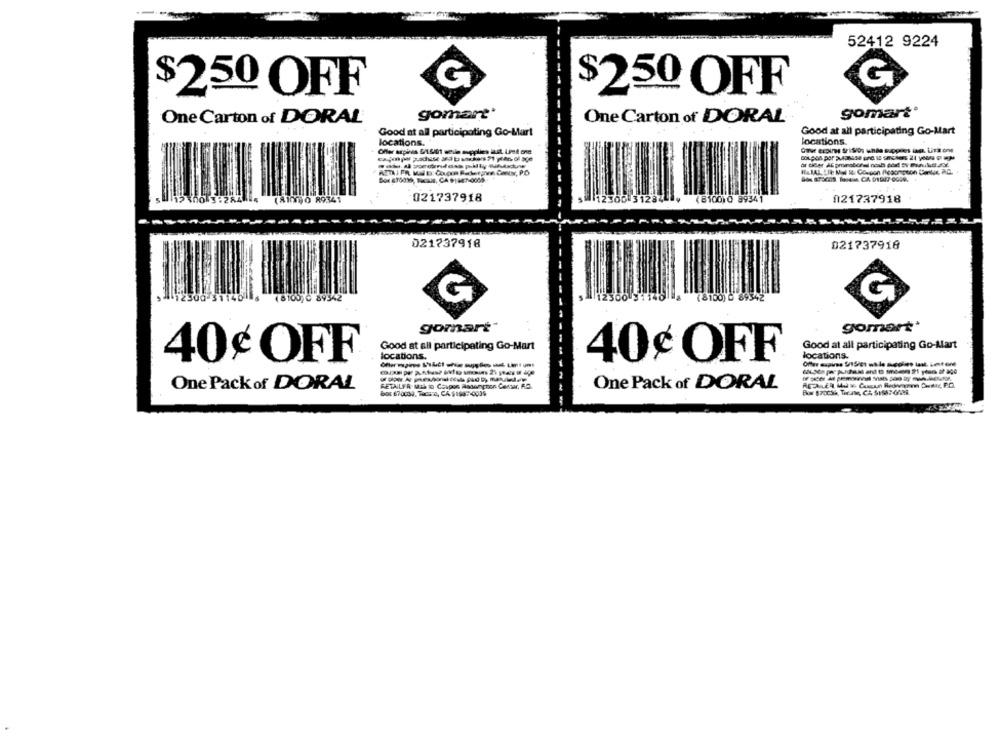
52412 9224
$250 OFF
$250 OFF
gomart'
gomare*
One Carton of DORAL
One Carton of DORAL
Good at all participating Go-Mart
Good at all participating Go-Mart
locations.
locations.
Calle ErDins SriSios unda suppres iaea. LiTR one
3.284 14
(ATOT90 89341
021737918
3128
(8100)0 89341
021737918
021737918
021737918
gomart*
gomart'
Good at all participating Go-Mart
Good at all participating Go-Mart
locations.
locations.
40¢ OFF
40¢ OFF
One Pack of DORAL
RETAILFR MIL w Coupon Asanchor Center, RS.
One Pack of DORAL